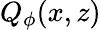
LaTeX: Q_{\phi}(x,z)